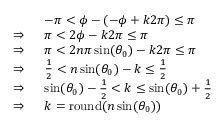
\begin{array} { r l } & { - \pi < \phi - ( - \phi + k 2 \pi ) \le \pi } \\ { \Rightarrow \; \; } & { \pi < 2 \phi - k 2 \pi \le \pi } \\ { \Rightarrow \; \; } & { \pi < 2 n \pi \sin ( \theta _ { 0 } ) - k 2 \pi \le \pi } \\ { \Rightarrow \; \; } & { \frac { 1 } { 2 } < n \sin ( \theta _ { 0 } ) - k \le \frac { 1 } { 2 } } \\ { \Rightarrow \; \; } & { \sin ( \theta _ { 0 } ) - \frac { 1 } { 2 } < k \le \sin ( \theta _ { 0 } ) + \frac { 1 } { 2 } } \\ { \Rightarrow \; \; } & { k = \mathrm { r o u n d } ( n \sin ( \theta _ { 0 } ) ) } \end{array}